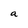
Character: a